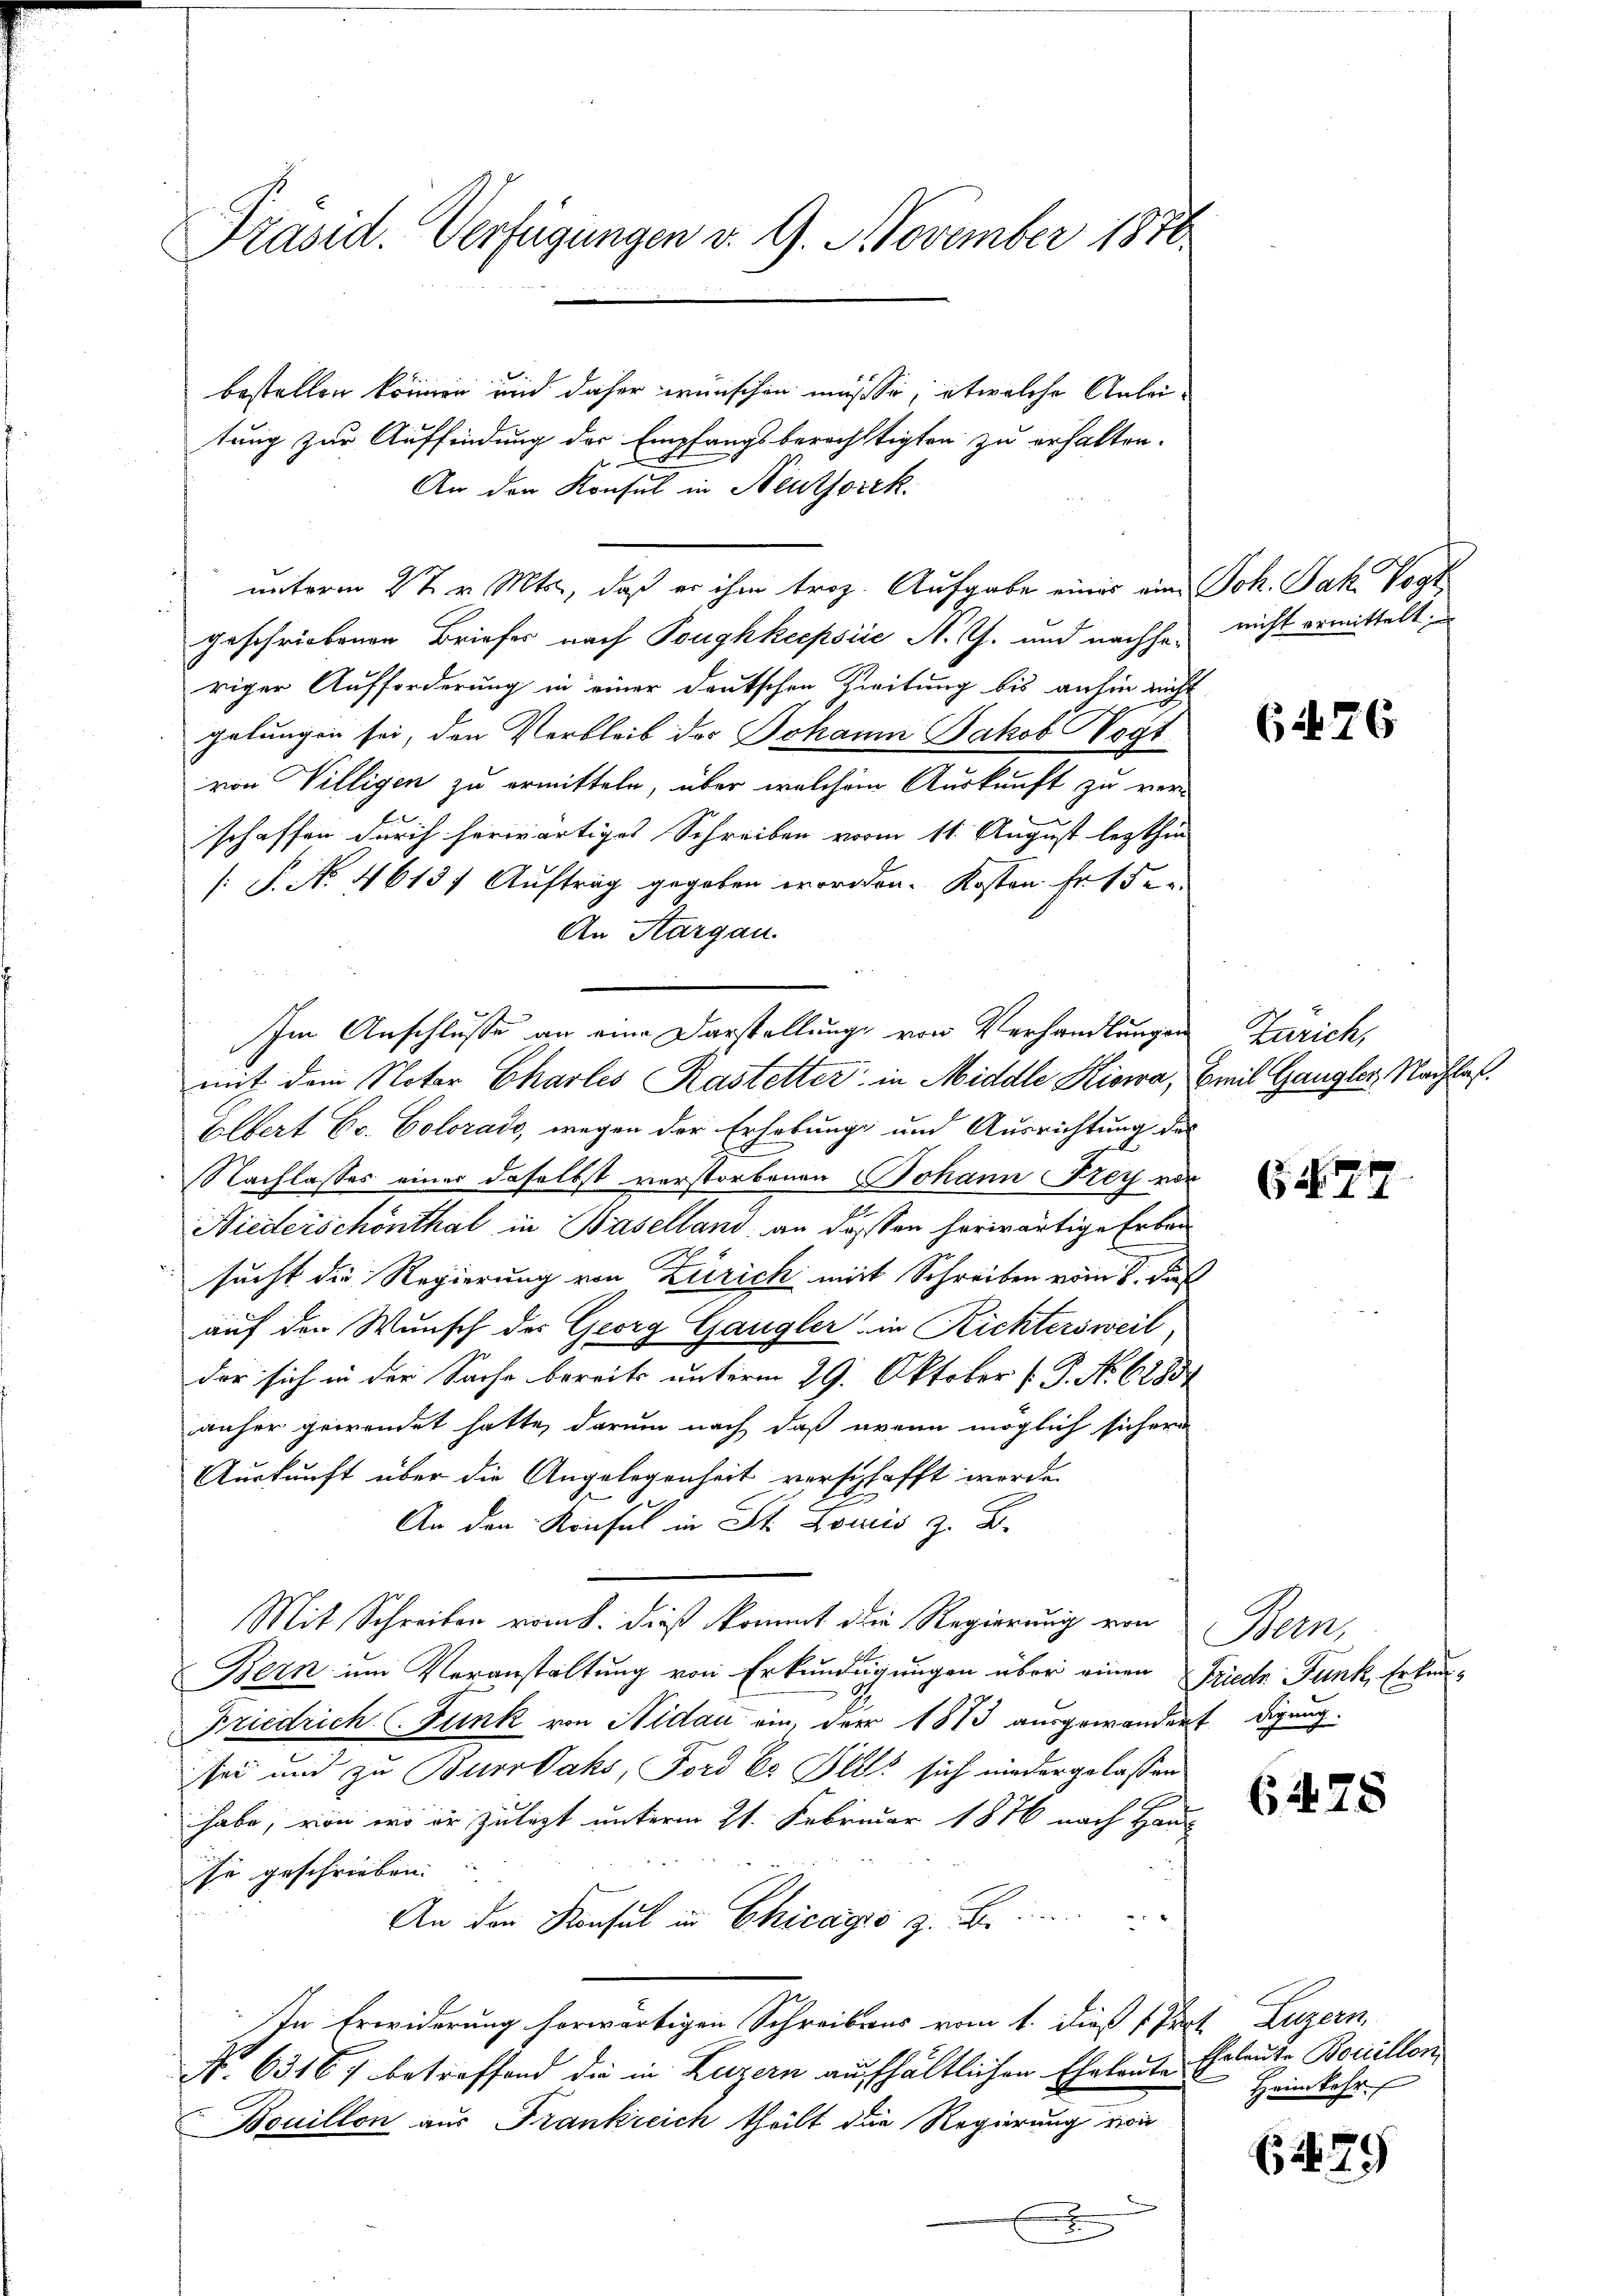
Präsid. Verfügungen v. 9. 9. November 1876.

bestellen können und daher wünschen müsse, etwelche Anleitung zur Auffindung der Empfangsberichtigten zu erhalten.
s
An den Konsul in Neuthorek
unterm 27. v. Mts., daß er ihm troz. Aufgabe eines ein Joh. Jak. Vogt
geschriebenen Briefes nach Poughkeepsiie N. Z. und nachhariger Aufforderung in einer deutschen Zeitung bis anhin nicht
gelungen sei, den Verbleib des Johann Jakob Vogt
von Villigen zu ermitteln, über welchem Auskunft zu verschaffen durch herwärtiges Schreiben vorm 11. August lezthin
[S. No. 4613) Auftrag gegeben worden. Kosten Fr. 15
An Aargau.
mit dem Notar Charles Rastetter in Middle Kiowa, Emil Gangler, Nachlaß
Olbert Er. Colorado, wegen der Erhebung und Ausrichtung des
Nachlasses einer daselbst verstorbenen Johann Frey vor
Niederschönthal in Baselland, an dessen herwärtige Erben
sucht die Regierung von Zürich mit Schreiben vom 8. Dies
auf den Wunsch der Georg Gangler in Richtersweil
der sich in der Sache bereits unterm 29. Oktober (: P. No. 6285
anher gewendet hatte, darum nach daß wenn möglich sichern
Auskunft über die Angelegenheit verschafft werde.
An den Konsul in St. Louis z. B.
Mit Schreiben vom h. dieß kommt die Regierung von Bern,
Bern um Veranstaltung von Erkundigungen über einen Friede Funk, Erkun¬
Friedrich (Funk von Nidau ein, der 1873 ausgewandert digung.
sei und zu Burkaks, Ford Er Alls sich niedergelassen
habe, von wo er zulezt unterm 21. Februar 1876 nach Haus
si geschrieben. |
An den Konsul in Chicagio z. B.
In Erwiderung forwärtigen Schreibens vom 1. dieß 1 Prot. Luzern
A. 6316/ betreffend die in Luzern aufhältlichen Eheleute Erleute Borcillon
Bouillon aus Frankreich theilt die Regierung von
x
d
.

Im Anschlüsse an eine Darstellung von Verhandlungen

nicht ermittelt;

676

Zürich,

2.

6478

Heimkehr.

179